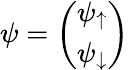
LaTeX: \psi={\left(\begin{array}{l}{\psi_{\uparrow}}\\ {\psi_{\downarrow}}\end{array}\right)}